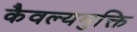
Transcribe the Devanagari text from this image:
कैवल्यमुक्ति